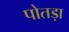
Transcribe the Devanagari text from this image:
पोतड़ा